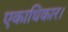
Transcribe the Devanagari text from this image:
एकाधिकार।